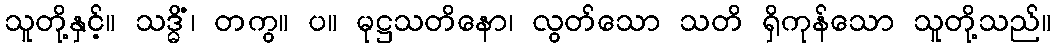
သူတို့နှင့်။ သဒ္ဓိံ၊ တကွ။ ပ။ မုဋ္ဌသတိနော၊ လွတ်သော သတိ ရှိကုန်သော သူတို့သည်။